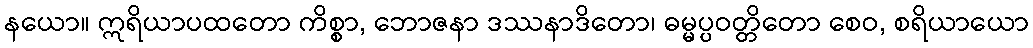
နယော။ ဣရိယာပထတော ကိစ္စာ, ဘောဇနာ ဒဿနာဒိတော၊ ဓမ္မပ္ပဝတ္တိတော စေဝ, စရိယာယော